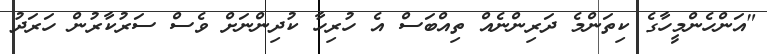
"އަންހެންމީހާގެ ކިތަންމެ ދަރިންނެއް ތިއްބަސް އެ ހުރިހާ ކުދިންނަށް ވެސް ސަރުކާރުން ހަރަދު